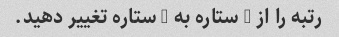
رتبه را از 5 ستاره به 1 ستاره تغییر دهید.